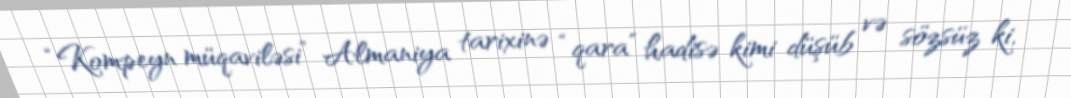
“Kompeyn müqaviləsi” Almaniya tarixinə “qara” hadisə kimi düşüb və sözsüz ki,